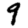
Digit: 9